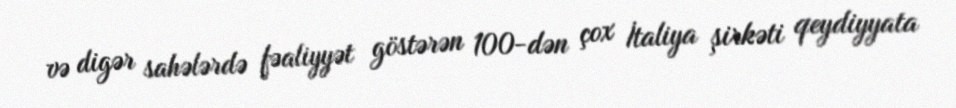
və digər sahələrdə fəaliyyət göstərən 100-dən çox İtaliya şirkəti qeydiyyata